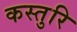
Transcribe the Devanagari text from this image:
कस्तुरि